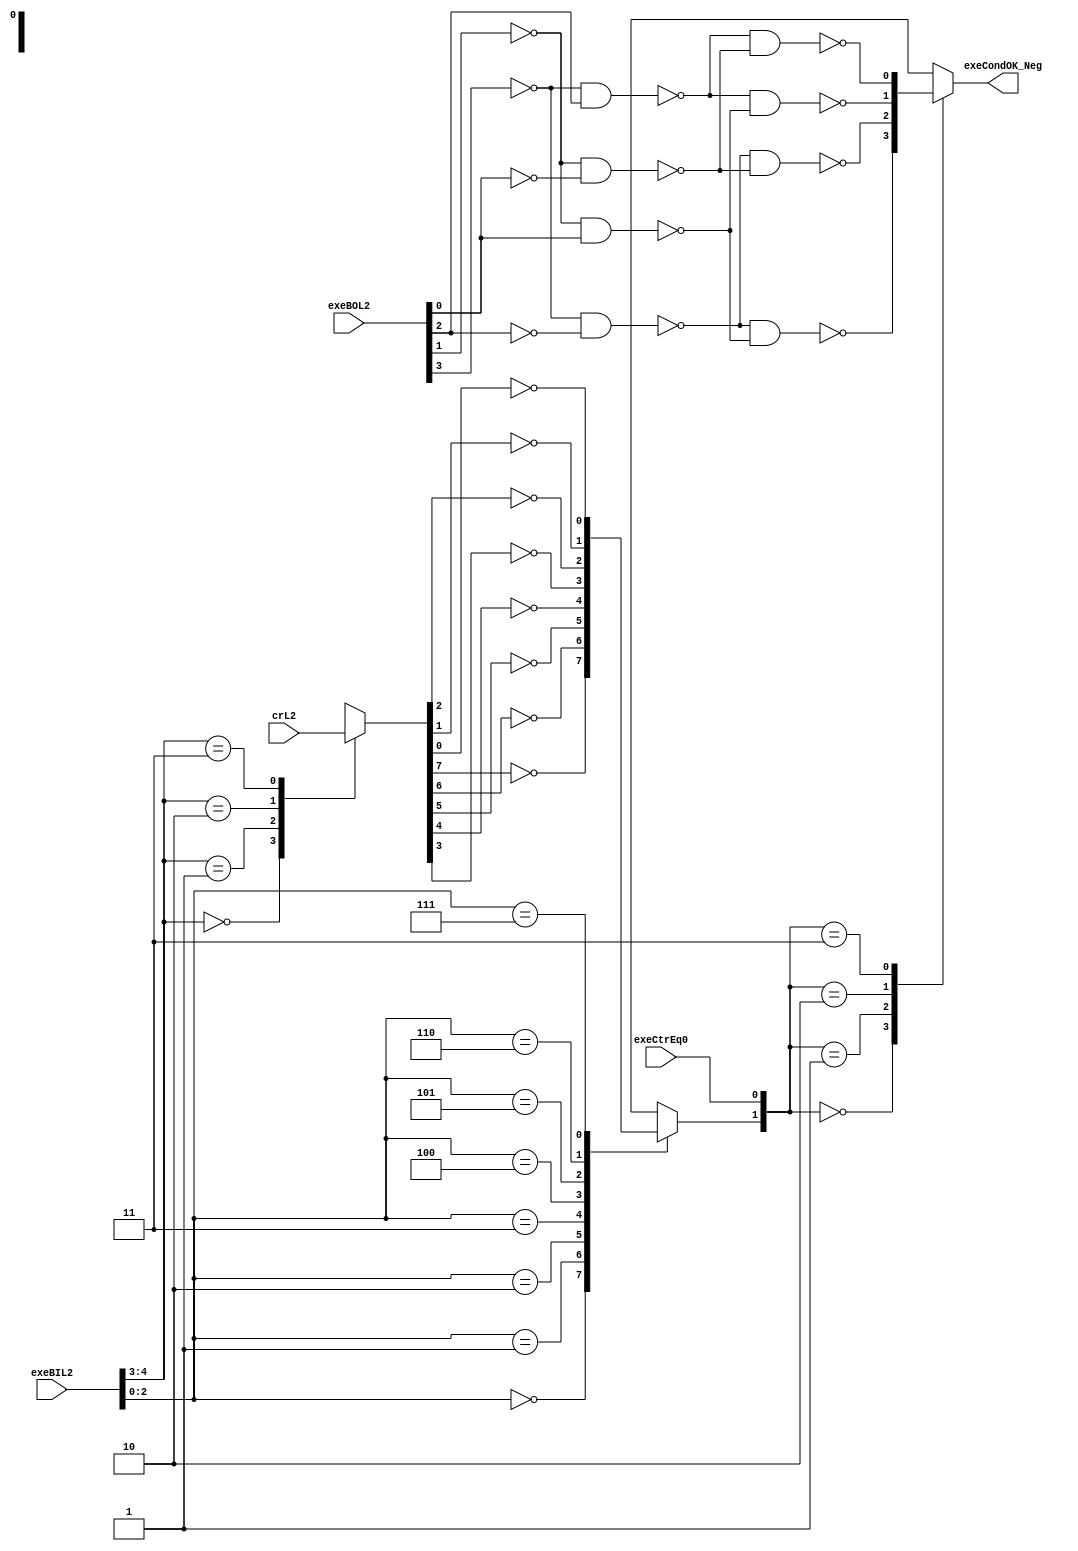
// 
// ************************************************************************** 
// 
//  Copyright (c) International Business Machines Corporation, 2005. 
// 
//  This file contains trade secrets and other proprietary and confidential 
//  information of International Business Machines Corporation which are 
//  protected by copyright and other intellectual property rights and shall 
//  not be reproduced, transferred to other documents, disclosed to others, 
//  or used for any purpose except as specifically authorized in writing by 
//  International Business Machines Corporation. This notice must be 
//  contained as part of this text at all times. 
// 
// ************************************************************************** 
//

module p405s_exeBrCondFlow( exeCondOK_Neg, crL2, exeBIL2, exeBOL2, exeCtrEq0 );

output  exeCondOK_Neg;

input  exeCtrEq0;
input [0:31]  crL2;
input [0:3]  exeBOL2;
input [0:4]  exeBIL2;

// Buses in the design

reg  [0:7]  crBitStage1;
reg crBit_Neg;


   // Replacing instantiation: NAND2 I39
   wire exeDataB0_2_Neg;
   wire exeDataBO_3_Neg;
   wire ctrCmp0;
   assign ctrCmp0 = ~( exeDataB0_2_Neg & exeDataBO_3_Neg );

   // Replacing instantiation: NAND2 I38
   wire ctrCmp1;
   assign ctrCmp1 = ~( exeDataB0_2_Neg & exeBOL2[3] );

   // Replacing instantiation: NAND2 I40
   wire exeDataB0_0_Neg;
   wire exeDataBO_1_Neg;
   wire crCmp1;
   assign crCmp1 = ~( exeDataB0_0_Neg & exeDataBO_1_Neg );

   // Replacing instantiation: NAND2 I41
   wire crCmp0;
   assign crCmp0 = ~( exeDataB0_0_Neg & exeBOL2[1] );

   // Replacing instantiation: NAND2 I36
   wire cr0ctr1_Neg;
   assign cr0ctr1_Neg = ~( crCmp0 & ctrCmp1 );

   // Replacing instantiation: NAND2 I35
   wire cr1ctr0_Neg;
   assign cr1ctr0_Neg = ~( crCmp1 & ctrCmp0 );

   // Replacing instantiation: NAND2 I34
   wire cr1ctr1_Neg;
   assign cr1ctr1_Neg = ~( crCmp1 & ctrCmp1 );

   // Replacing instantiation: NAND2 I37
   wire cr0ctr0_Neg;
   assign cr0ctr0_Neg = ~( crCmp0 & ctrCmp0 );

   // Replacing instantiation: MUX41 condOk
   reg condOk_muxOut;
   wire condOk_SD1,condOk_SD2; 
   wire condOk_D0,condOk_D1,condOk_D2,condOk_D3; 
   assign exeCondOK_Neg = condOk_muxOut;       
   assign condOk_SD1 = crBit_Neg;       
   assign condOk_SD2 = exeCtrEq0;       
   assign condOk_D0 = cr1ctr1_Neg;         
   assign condOk_D1 = cr1ctr0_Neg;         
   assign condOk_D2 = cr0ctr1_Neg;         
   assign condOk_D3 = cr0ctr0_Neg;         
                                               
   always @(condOk_SD1 or condOk_SD2 or condOk_D0 or condOk_D1 or  
            condOk_D2 or condOk_D3)  	    
    begin 					    
    case({condOk_SD1,condOk_SD2})    	
     2'b00: condOk_muxOut = condOk_D0;    
     2'b01: condOk_muxOut = condOk_D1;    
     2'b10: condOk_muxOut = condOk_D2;    
     2'b11: condOk_muxOut = condOk_D3;    
      default: condOk_muxOut = 1'bx;        
    endcase                                    
   end                                         

  //Removed the module 'dp_muxIFB_exeBrCrBit2'
  always @(crBitStage1 or exeBIL2)
     case(exeBIL2[2:4])
       3'b000: crBit_Neg = ~crBitStage1[0];
       3'b001: crBit_Neg = ~crBitStage1[1];
       3'b010: crBit_Neg = ~crBitStage1[2];
       3'b011: crBit_Neg = ~crBitStage1[3];
       3'b100: crBit_Neg = ~crBitStage1[4];
       3'b101: crBit_Neg = ~crBitStage1[5];
       3'b110: crBit_Neg = ~crBitStage1[6];
       3'b111: crBit_Neg = ~crBitStage1[7];
       default: crBit_Neg = 1'bx;
     endcase


  //Removed the module 'dp_muxIFB_exeBrCrBit1' 
  always @(crL2 or exeBIL2)
     case({exeBIL2[0],exeBIL2[1]})
       2'b00: crBitStage1 = crL2[0:7];
       2'b01: crBitStage1 = crL2[8:15];
       2'b10: crBitStage1 = crL2[16:23];
       2'b11: crBitStage1 = crL2[24:31];
       default: crBitStage1 = 8'bx;
     endcase

   // Replacing instantiation: INVERT I48
   assign exeDataBO_3_Neg = ~(exeBOL2[3]);

   // Replacing instantiation: INVERT I47
   assign exeDataB0_2_Neg = ~(exeBOL2[2]);

   // Replacing instantiation: INVERT I46
   assign exeDataBO_1_Neg = ~(exeBOL2[1]);

   // Replacing instantiation: INVERT I49
   assign exeDataB0_0_Neg = ~(exeBOL2[0]);


endmodule